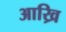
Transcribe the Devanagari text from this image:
आख्रि